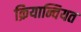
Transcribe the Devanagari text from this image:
क्रियान्वियत